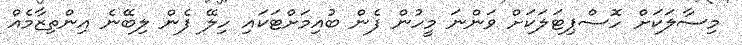
މިސާލަކަށް ހޮސްޕިޓަލަކަށް ވަންނަ މީހުން ފެން ބުއިމަށްޓަކައި ހިލޭ ފެން ލިބޭނެ އިންތިޒާމެއް